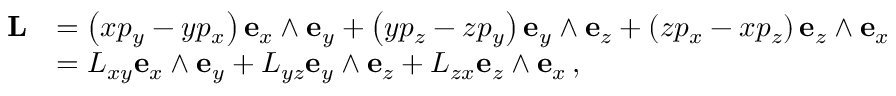
{ \begin{array} { r l } { \mathbf { L } } & { = \left( x p _ { y } - y p _ { x } \right) \mathbf { e } _ { x } \wedge \mathbf { e } _ { y } + \left( y p _ { z } - z p _ { y } \right) \mathbf { e } _ { y } \wedge \mathbf { e } _ { z } + \left( z p _ { x } - x p _ { z } \right) \mathbf { e } _ { z } \wedge \mathbf { e } _ { x } } \\ & { = L _ { x y } \mathbf { e } _ { x } \wedge \mathbf { e } _ { y } + L _ { y z } \mathbf { e } _ { y } \wedge \mathbf { e } _ { z } + L _ { z x } \mathbf { e } _ { z } \wedge \mathbf { e } _ { x } \, , } \end{array} }